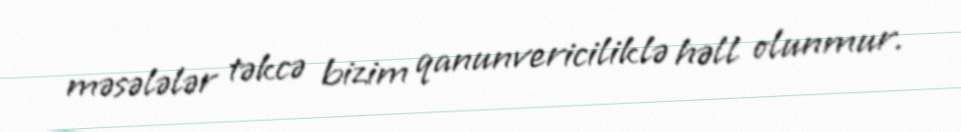
məsələlər təkcə bizim qanunvericiliklə həll olunmur.